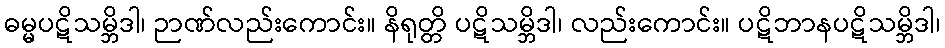
ဓမ္မပဋိသမ္ဘိဒါ၊ ဉာဏ်လည်းကောင်း။ နိရုတ္တိ ပဋိသမ္ဘိဒါ၊ လည်းကောင်း။ ပဋိဘာနပဋိသမ္ဘိဒါ၊